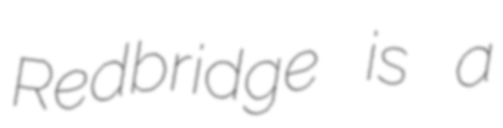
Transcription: Redbridge is a